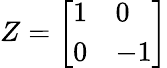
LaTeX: Z={\left[\begin{array}{ll}{1}&{0}\\ {0}&{-1}\end{array}\right]}